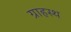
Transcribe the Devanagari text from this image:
ग्राहस्थ